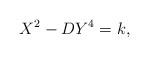
LaTeX: \begin{align*}X^2 - D Y^4 = k,\end{align*}